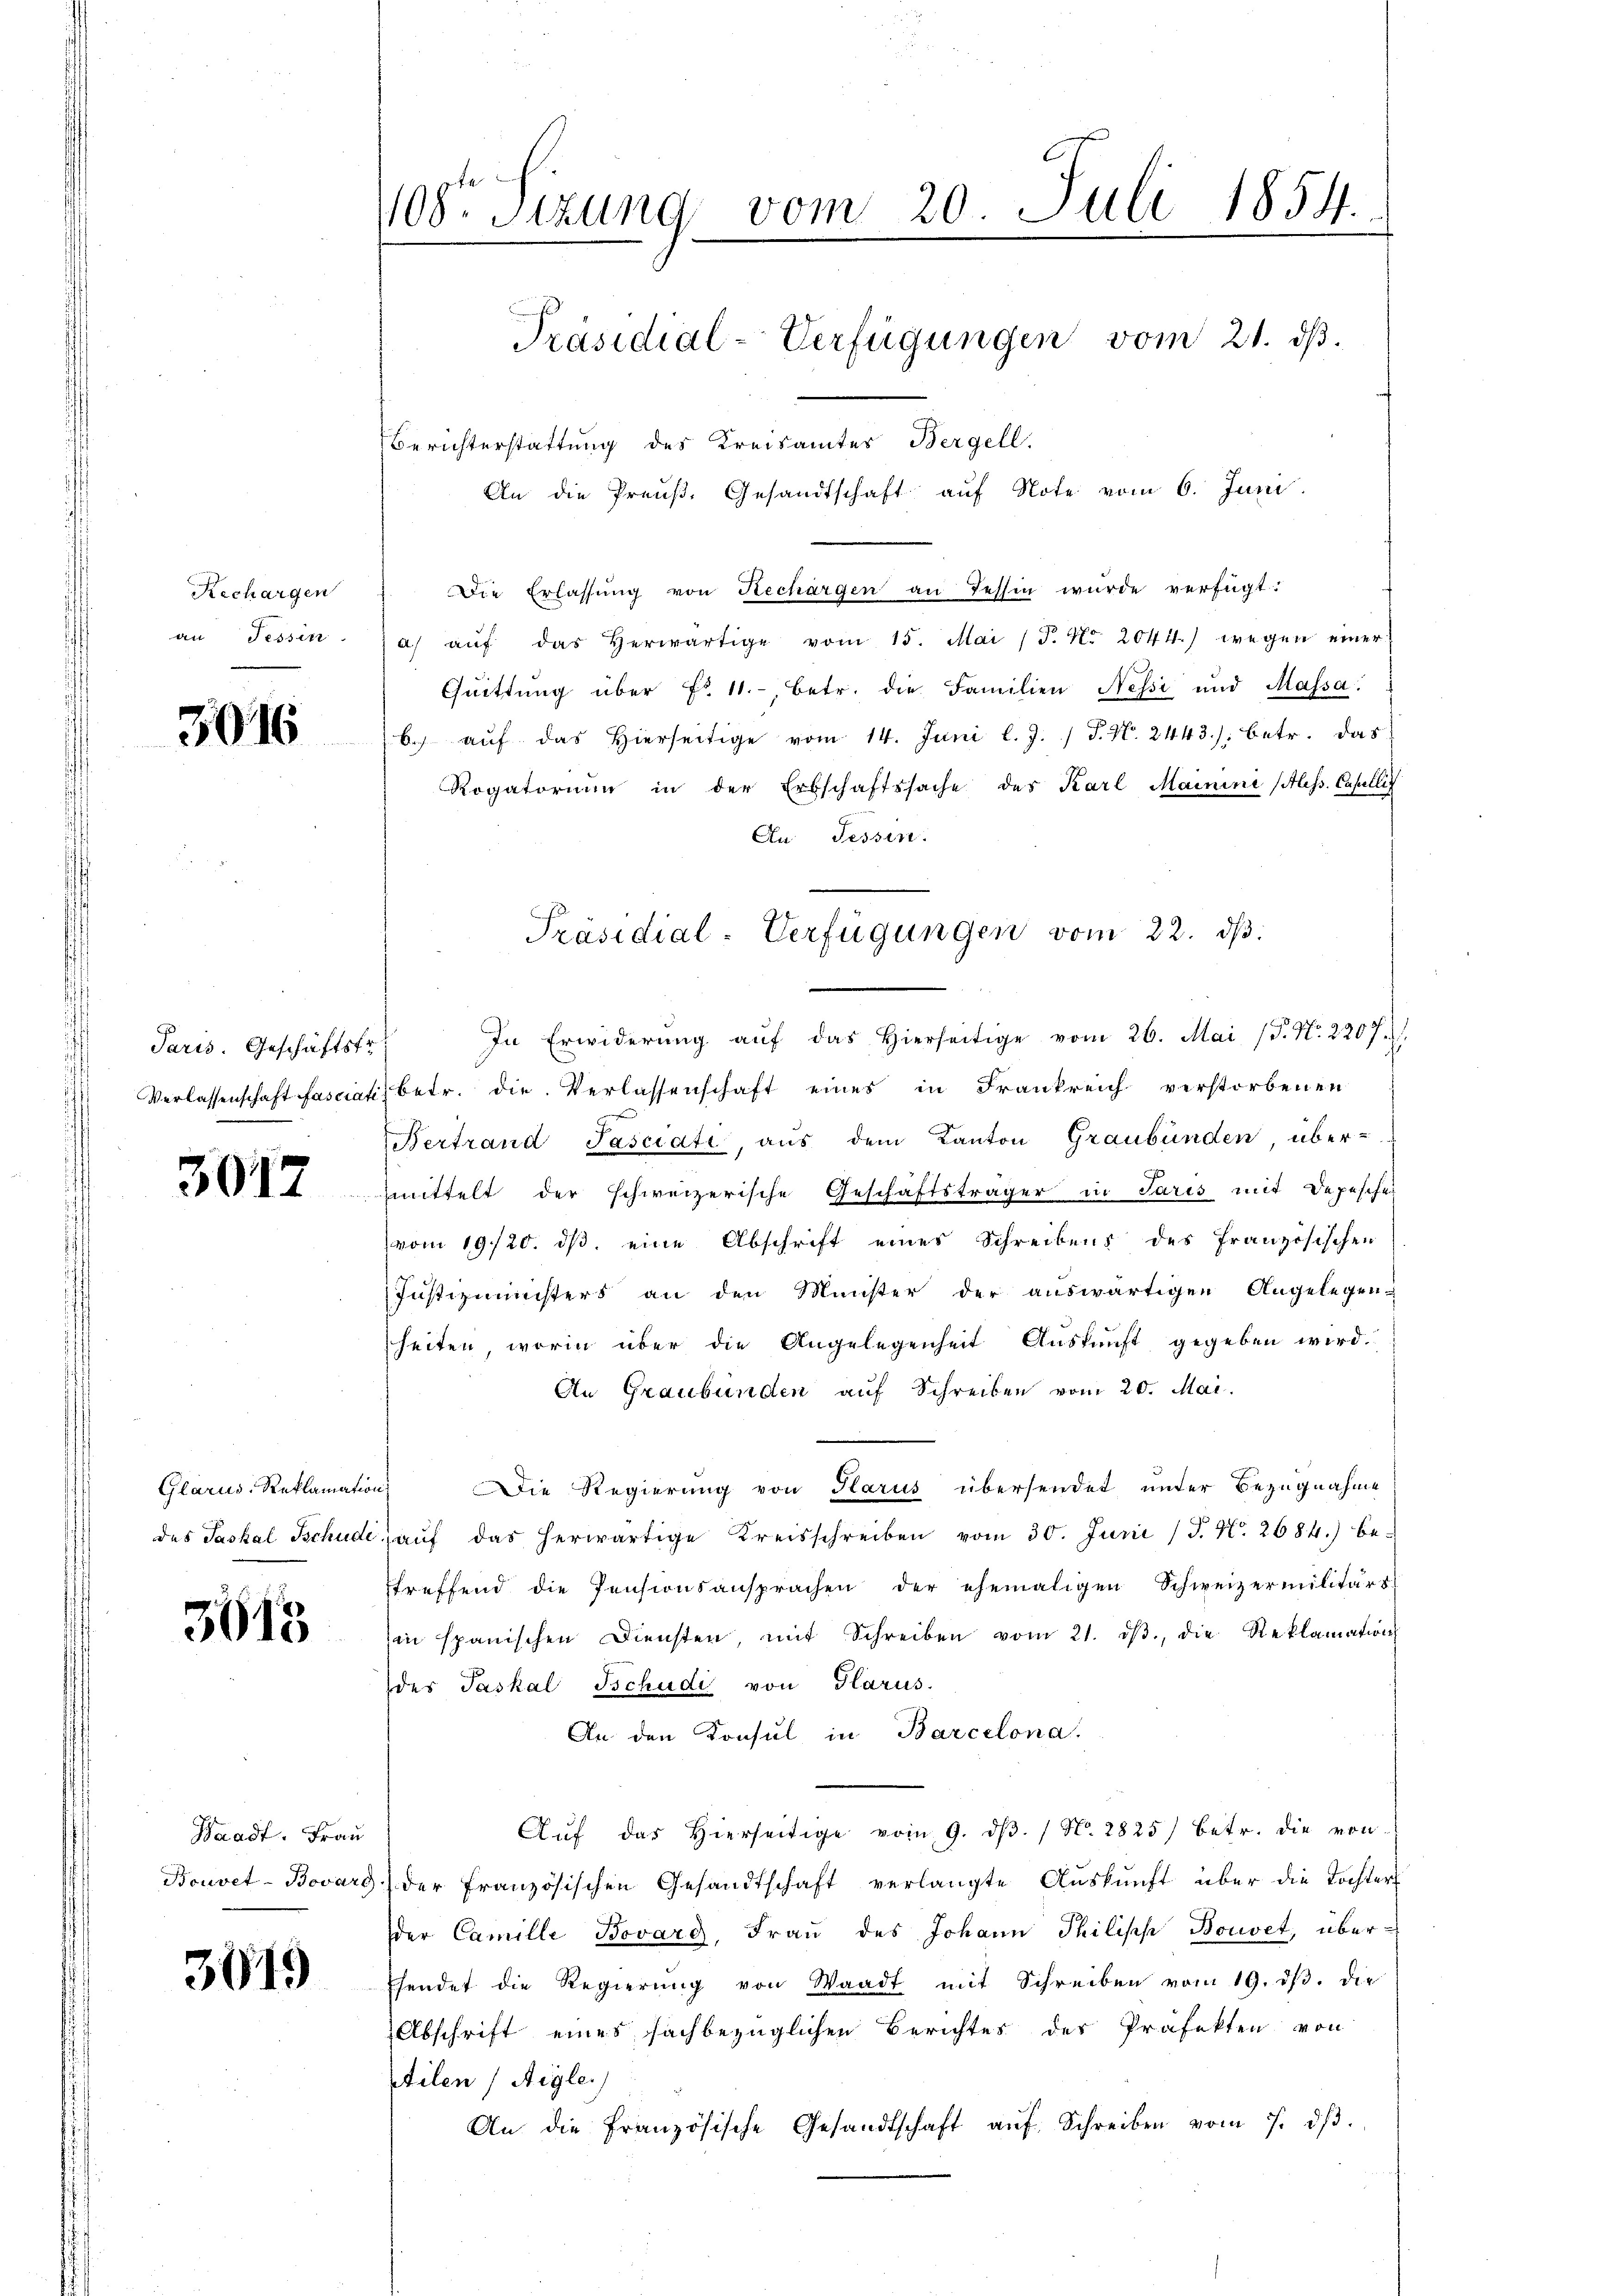
Rechargen
an Fessen

3016

Paris. Geschäftstr

3012

Glarus, Reklamation

3613

Waadt. Frau
Bouvet-Bovard

3019

408 Sizung vom 20. Juli 1854.

Präsidial-Verfügungen vom 21. dβ.
Berichterstattung des Kreisamtes Bergell.
An die Preuß. Gesandtschaft auf Note vom 6. Juni

Die Erlassŭng von Rechargen an Tessin würde verfügt:
a) aŭf das herwärtige vom 15. Mai /F. No. 2041.) wegen einer
Cheittŭng über Fr. 11. betr. die Familien Nessi und Massa.
bes aŭf das hierseitige vom 14. Juni l. J. / P. Nr. 2443); betr. das
Rogatorium in der Erbschaftssache der Karl Mainini (Aless. Capellig
An Tessin.
In Erwiderŭng aŭf das hierseitige vom 26. Mai (T. No. 2207.
Verlassenschaft fasciatis betr. die Verlassenschaft eines in Frankreich verstorbenen
Bertrand Pasciati, aus dem Kanton Graubünden, überfmittelt der schweizerische Geschäftsträger in Paris mit Depeschen
(vom 19/20. ds, eine Abschrift eines Schreibens des Französischen
Justizministers an den Münster der auswärtigen Angelegen-
heiten, worin über die Angelegenheit Auskunft gegeben wird.
An Graubünden auf Schreiben vom 20. Mai.
Die Regierung von Parus übersendet unter Bezugnahme
des Jaskal Tschude, aŭf das herwärtige Kreisschreiben vom 30. Juni /J. N. 2684.) be-
treffend die Pensionsansprachen der ehemaligen Schweizermilitärs
in spanischen Diensten, mit Schreiben vom 21. dβ, die Reklamation
des Paskal Tschudi von Glarus.
An den Konsul in Barcelona.
Aŭf das hierseitige vom 9. dβ. / N. 2825) betr. die von
) der Französischen Gesandtschaft verlangte Auskunft über die Tochter
der Camille Bovard, Fraŭ des Johann Philisch Bouvet, über¬
Esendet die Regierung von Waadt mit Schreiben vom 19. dβ. die
Abschrift eines sachbezüglichen Berichtes der Präfekten von
ilen (Aigle
An die französische Gesandtschaft aŭf Schreiben vom 7. dβ.

Präsidial-Verfügungen vom 22. dβ